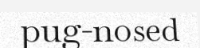
pug-nosed